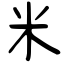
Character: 米